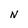
Character: N